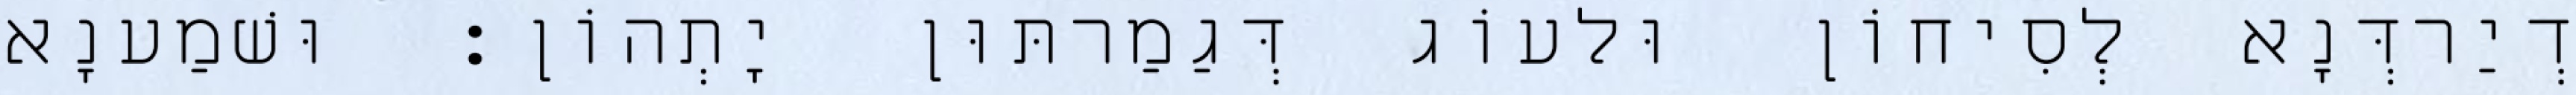
דְיַרדְּנָא לְסִיחוֹן וּלעוֹג דְּגַמַרתּוּן יָתְהוֹן׃ וּשׁמַענָא